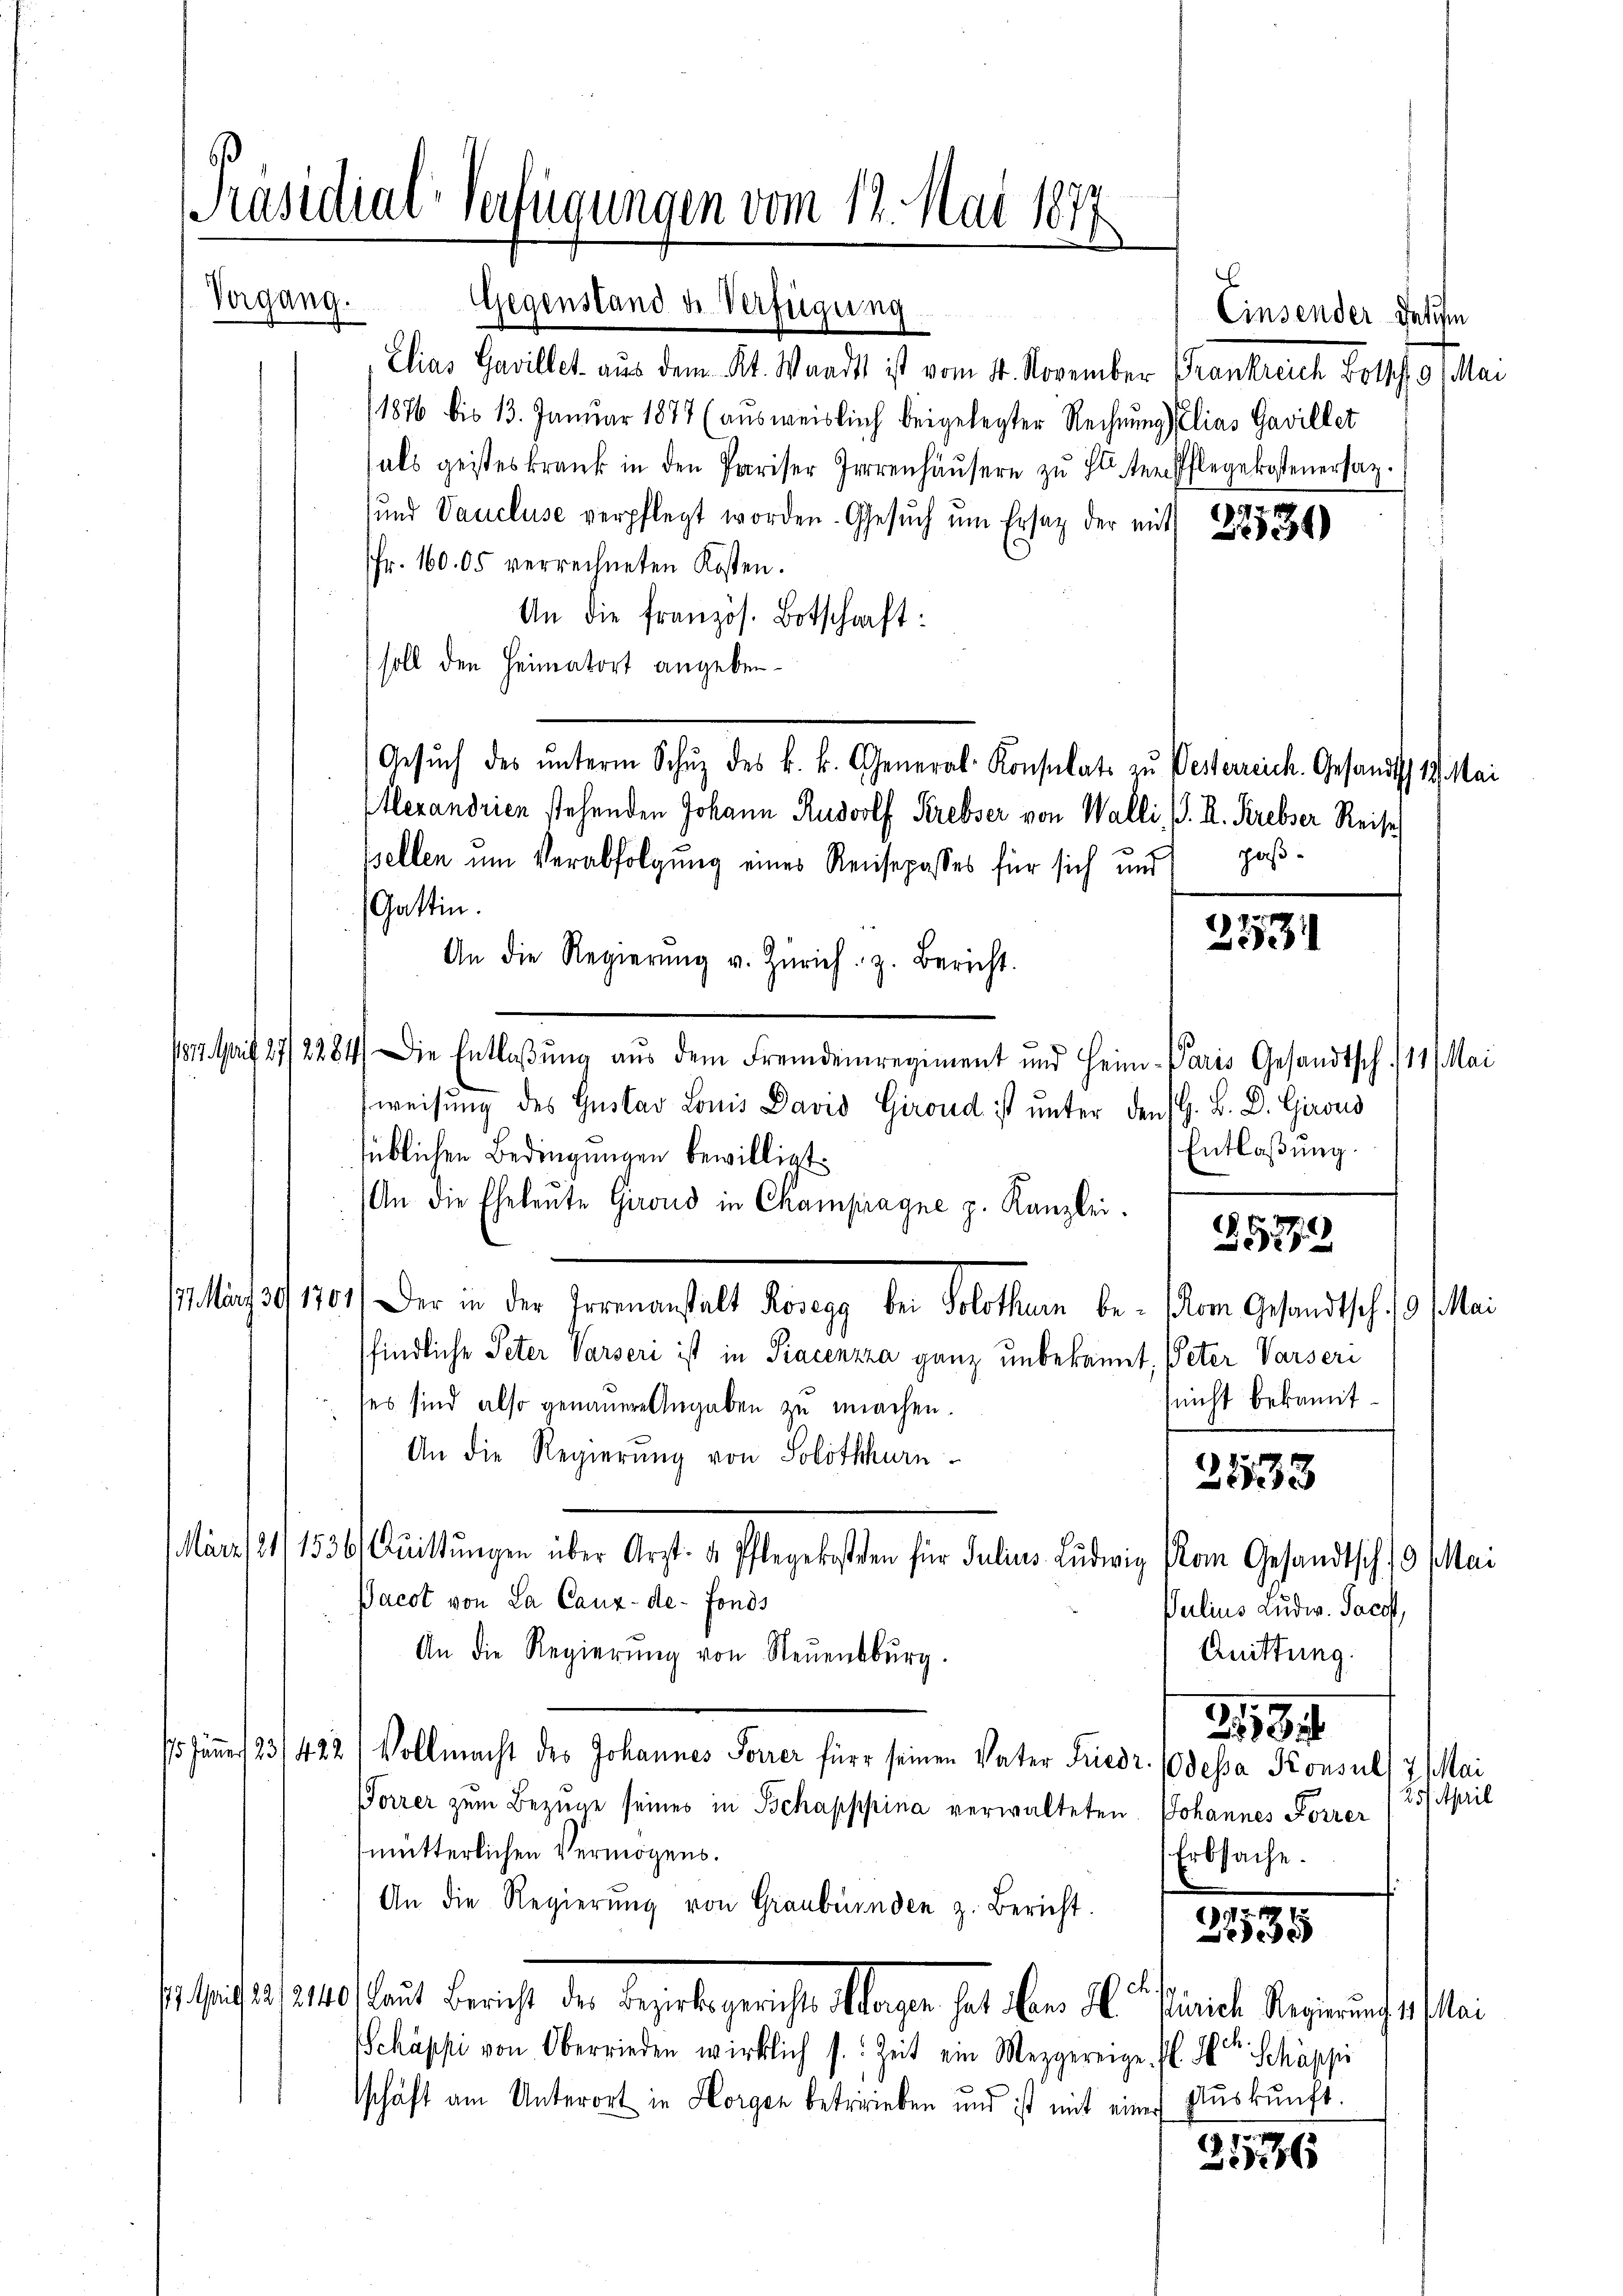
Präsidial-Verfügungen vom 12. Mai 1877
d
Vergang.
Gegenstand de Verfügung

Elias Gavillet aus dem Kt. Waadt ist vom 11. November Frankreich Boltz. 9. Mai
11876 bis 13. Januar 1877 (aŭsweislich beigelegter Rechnung Elias Gavillet
(als geisteskrank in den Pariser Herrenhäŭsern zŭ Elter Pflegekostenersat
und Vaucluse verpflegt worden. Gesŭch ŭm Ersatz der mit 21534)
fr. 160. 05 verrechneten Kosten.
An die französ. Botschaft:
soll den Heimatort angeben¬
Gesŭch des ŭnterm Schŭz des k. k. General-Konsulate zŭ Pesterreich. Gesandtsch 19. Mai
Alexandrien stehenden Johann Rudolf Krebser von Walli, S. K. Krebser Reise
pellen um Verabfolgung eines Reisepasses für sich und pas¬
Gattin.
An die Regierŭng u. Zürich. z. Bericht.
1812. April 27/2284. Die Entlaßung aus dem Fremdenregiment und Heim-Paris Gesandtsch. 11. Mai
weisung des Gustav Louis David Giroud ist unter den G. B. D. Girous
süblichen Bedingungen bewilligt.
An die Eheleŭte Girons in Champagne p. Kanzlei.
. u 38, 1701. Der in der Grenanstalt Honegg bei Solothurn be- Vom Gesandtsch.   Mari
findliche Peter Varseri ist in Piacenzza ganz unbekannt, Peter Varseri
(nicht bekannt.
ses sind also genauere Angaben zu machen.
An die Regierung von Solothurn
2533
März 21. 1536. Quittŭngen über Arzt- & Pflegekosten für Julius Ludwig vom Gesandtsch /9 Mai
Pacot von La Canz-de-Fonds
Julius Ludw. Jacott,
Quittung.
An die Regierŭng von Neuenburg.
2184
15 Jänner 23/422) Vollmacht des Johannes Forrer für seinen Vater Friedr. (dessa Konsul, 7 Mai
Forrer zum Bezieme seines in Schapppina verwalteten Johannes Forrer
mutterlichen Vermögens.
Erbsache.
An die Regierŭng von Graubünden z. Bericht. 22538
ch
1 auf 20, 210. laut Bericht der Bezirksgerichte Morgen hat aber der Einriche Regierungs sei
Schäppi von Oberrieden wirklich s. Zeit ein Mezgereige A. H. Schäppi
tschäft am Unterort in Horgen betrieben und ist mit eine Auskunft.

56

Einsender Delichen

.

fp
e

Entlaßung.

25. April

25772